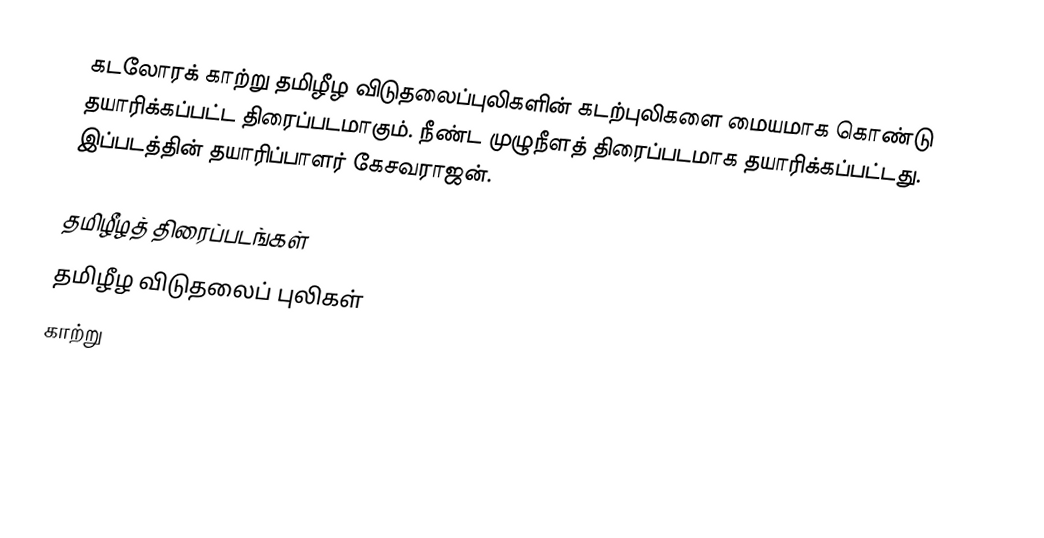
கடலோரக் காற்று தமிழீழ விடுதலைப்புலிகளின் கடற்புலிகளை மையமாக கொண்டு தயாரிக்கப்பட்ட திரைப்படமாகும். நீண்ட முழுநீளத் திரைப்படமாக தயாரிக்கப்பட்டது. இப்படத்தின் தயாரிப்பாளர் கேசவராஜன்.

தமிழீழத் திரைப்படங்கள்
தமிழீழ விடுதலைப் புலிகள்
காற்று